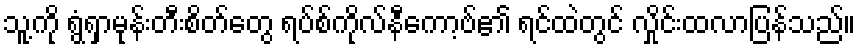
သူ့ကို ရွံရှာမုန်းတီးစိတ်တွေ ရပ်စ်ကိုလ်နီကော့ဗ်၏ ရင်ထဲတွင် လှိုင်းထလာပြန်သည်။